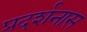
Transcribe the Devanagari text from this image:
प्रदर्शनास